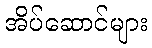
အိပ်ဆောင်များ